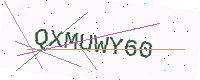
Text: QXMUWY60